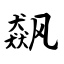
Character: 飙